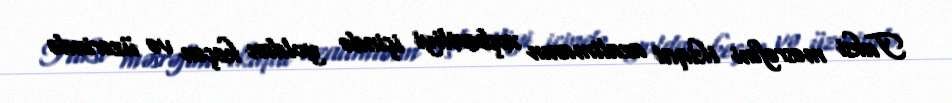
Taksi məsrəfini ikiqat azaltmanın xoşbəxtliyi içində yoldan keçən və üzərində